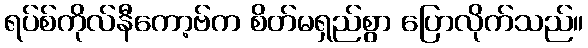
ရပ်စ်ကိုလ်နီကော့ဗ်က စိတ်မရှည်စွာ ပြောလိုက်သည်။